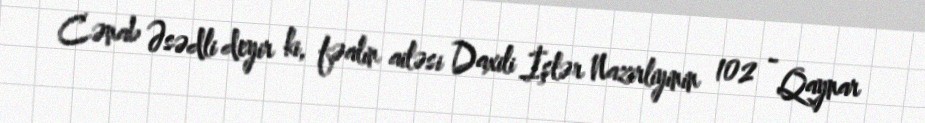
Cənab Əsədli deyir ki, fəalın ailəsi Daxili İşlər Nazirliyinin 102 - Qaynar